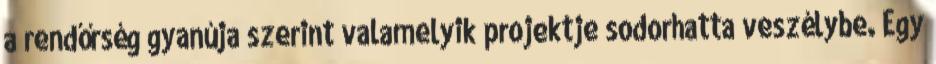
a rendőrség gyanúja szerint valamelyik projektje sodorhatta veszélybe. Egy